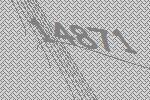
14871